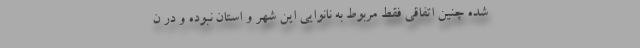
شده چنین اتفاقی فقط مربوط به نانوایی این شهر و استان نبوده و در ن